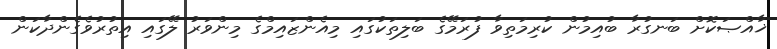
ޚާއްޞަކޮށް ބަނގުރާ ބުއިމުން ކުރިމަތިވާ ފުރަމޭގެ ބަލިތަކުގައި މިއެންޒައިމްގެ މިންވަރު ލޭގައި އިތުރުވެގެންދާކަން